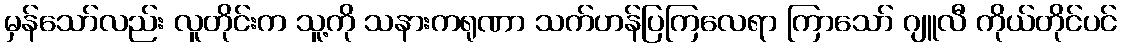
မှန်သော်လည်း လူတိုင်းက သူ့ကို သနားကရုဏာ သက်ဟန်ပြကြလေရာ ကြာသော် ဂျူလီ ကိုယ်တိုင်ပင်